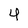
Character: 4